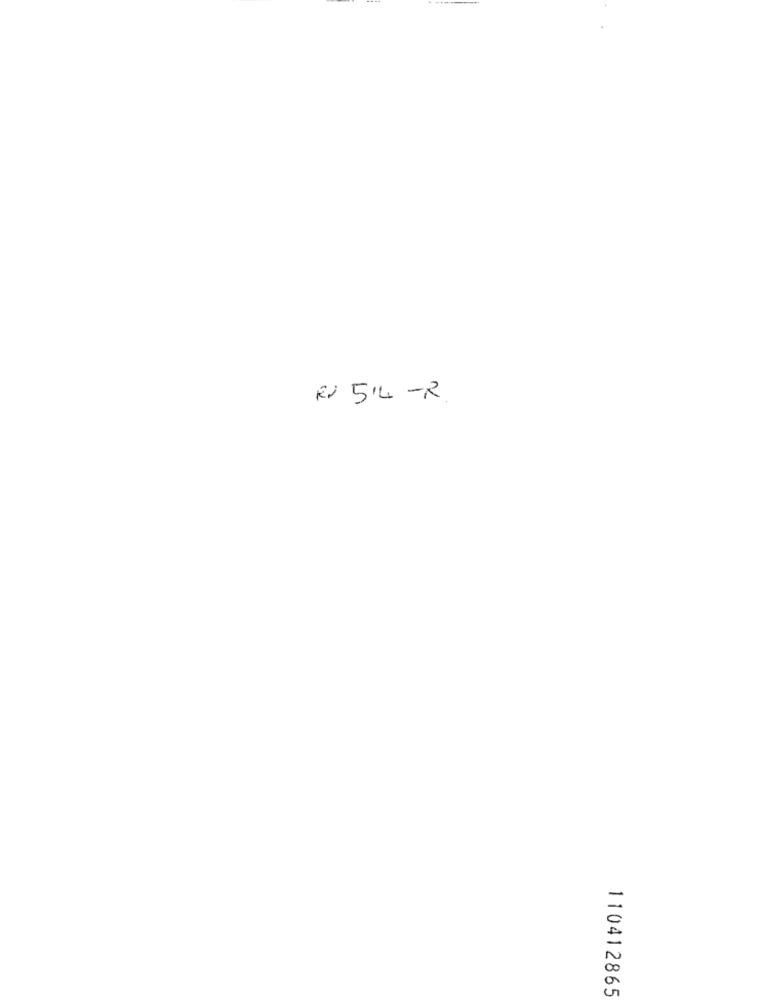
Rx 514 -R.
110412865